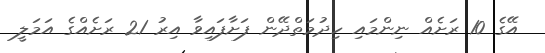
އޭގެ 10 ރަށެއް ނިންމައި ހިދުމަތްދޭން ފަށާފައިވާ އިރު 21 ރަށެއްގެ އަމަލީ